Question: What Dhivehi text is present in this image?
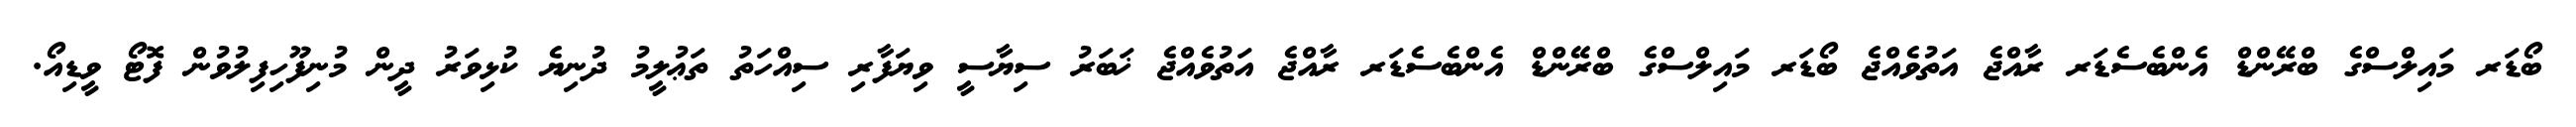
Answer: ބޯޑަރ މައިލްސްގެ ބްރޭންޑް އެންބެސެޑަރ ރާއްޖެ އަތުވެއްޖެ ބޯޑަރ މައިލްސްގެ ބްރޭންޑް އެންބެސެޑަރ ރާއްޖެ އަތުވެއްޖެ ޚަބަރު ސިޔާސީ ވިޔަފާރި ސިއްހަތު ތަޢުލީމު ދުނިޔެ ކުޅިވަރު ދީން މުނިފޫހިފިލުވުން ފޮޓޯ ވީޑިއޯ.